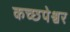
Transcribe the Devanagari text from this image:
कच्छपेश्वर